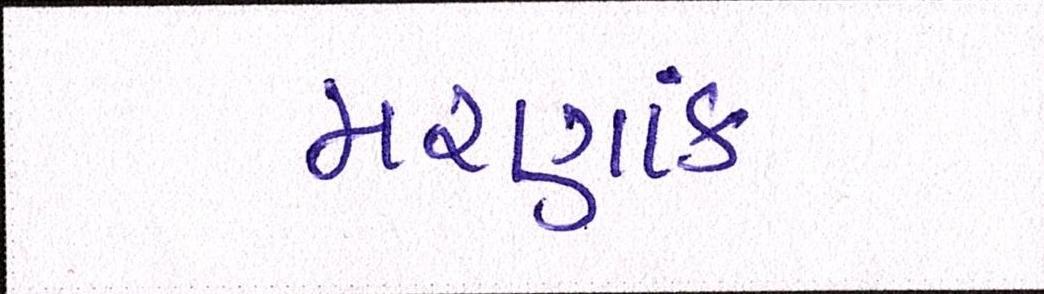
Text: મરણઆંક